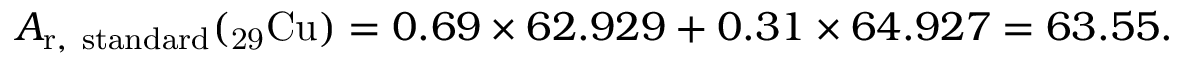
A _ { \mathrm { r , ~ s t a n d a r d } } ( _ { \mathrm { 2 9 } } { \mathrm { C u } } ) = 0 . 6 9 \times 6 2 . 9 2 9 + 0 . 3 1 \times 6 4 . 9 2 7 = 6 3 . 5 5 .